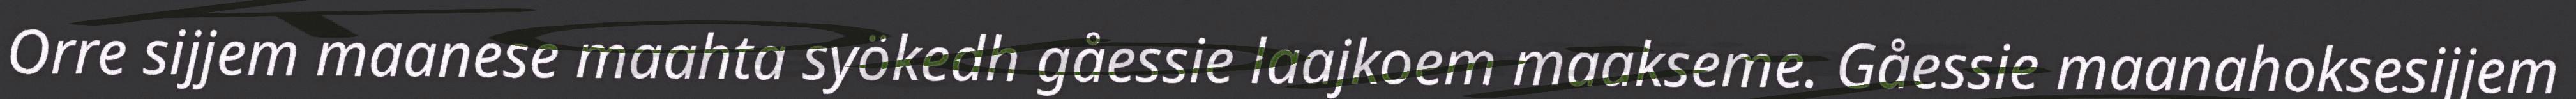
Orre sijjem maanese maahta syökedh gåessie laajkoem maakseme. Gåessie maanahoksesijjem